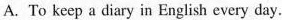
A. To keep a diary in English every day.